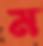
ম